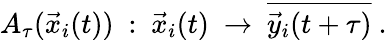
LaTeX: A_{\tau}(\vec{x}_{i}(t))~:~\vec{x}_{i}(t)~\rightarrow~\overline{{\vec{y}_{i}(t+\tau)}}~.